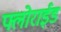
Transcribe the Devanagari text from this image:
फ्लोराईड